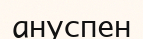
ануспен